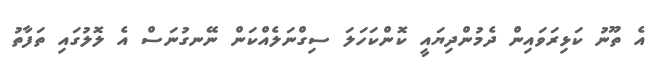
އެ ތޫނު ކަޅިރަވައިން ދެމުންދިޔައީ ކޮންކަހަލަ ސިގްނަލެއްކަން ނޭނގުނަސް އެ ލޮލުގައި ތަފާތު